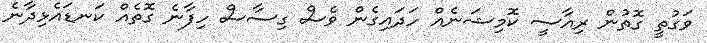
ވަގުތީ ގޮތުން ރިއާސީ ކޮމިޝަނެއް ހަދައިގެން ވެސް ގިސާސް ހިފާނެ ގޮތެއް ކަނޑައެޅިދާނެ